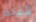
لأعتذر